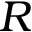
R